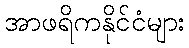
အာဖရိကနိုင်ငံများ